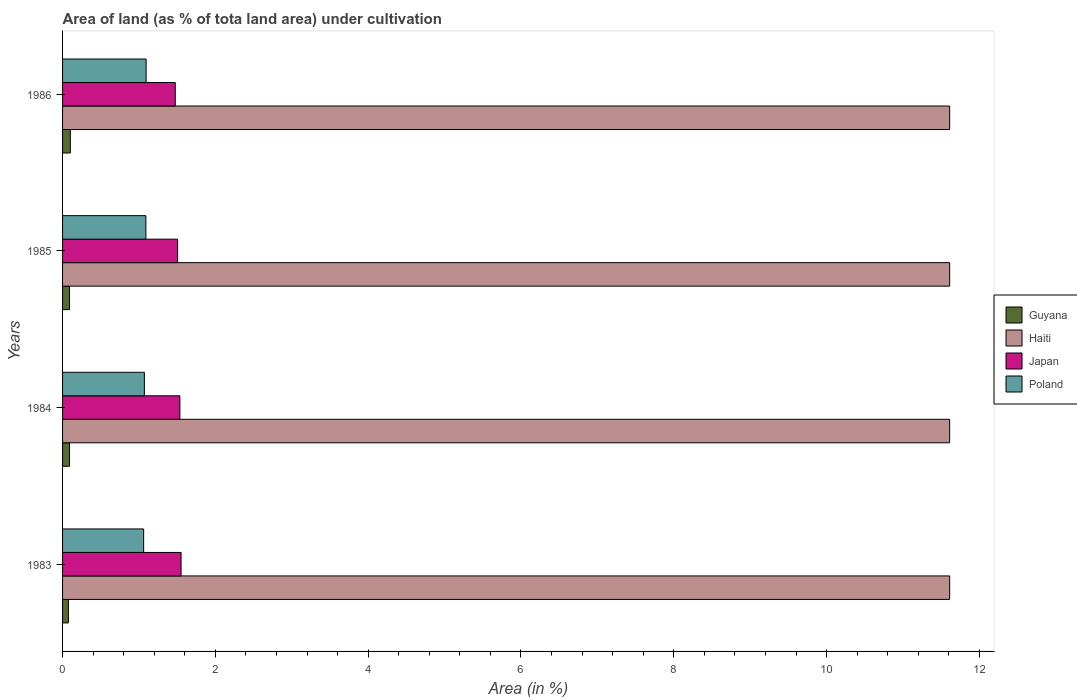
| Years | Guyana | Haiti | Japan | Poland |
 | --- | --- | --- | --- | --- |
 | 1983 | 0.0762 | 11.6 | 1.55 | 1.06 |
 | 1984 | 0.0914 | 11.6 | 1.54 | 1.07 |
 | 1985 | 0.0914 | 11.6 | 1.51 | 1.09 |
 | 1986 | 0.102 | 11.6 | 1.48 | 1.09 |